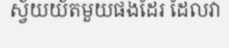
ស្វ័យយ័តមួយផងដែរ ដែលវា